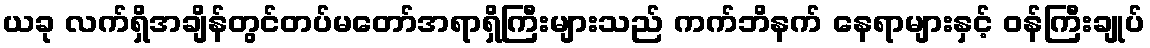
ယခု လက်ရှိအချိန်တွင်တပ်မတော်အရာရှိကြီးများသည် ကက်ဘိနက် နေရာများနှင့် ဝန်ကြီးချုပ်